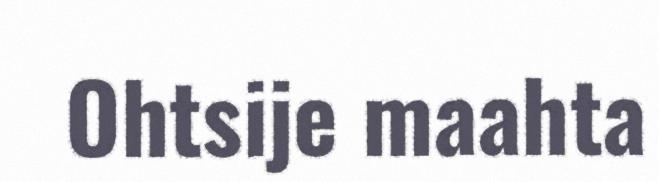
Ohtsije maahta